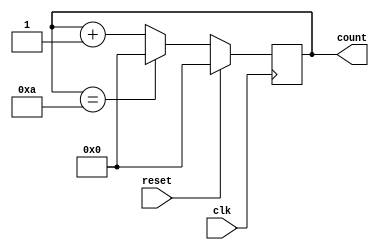
`timescale 10ns/1ns
module dec_counter(count,clk,reset);
  output reg [3:0]count;
  input clk,reset;
  initial
  begin
   count<=4'b0000;
 end
  always@(posedge clk)
 
  begin
  if(reset)
    count<=4'b0000;
else
  begin
    if(count==4'b1010)
     count<=4'b0000;
   else count<=count+1'b1;
    end
  end
endmodule